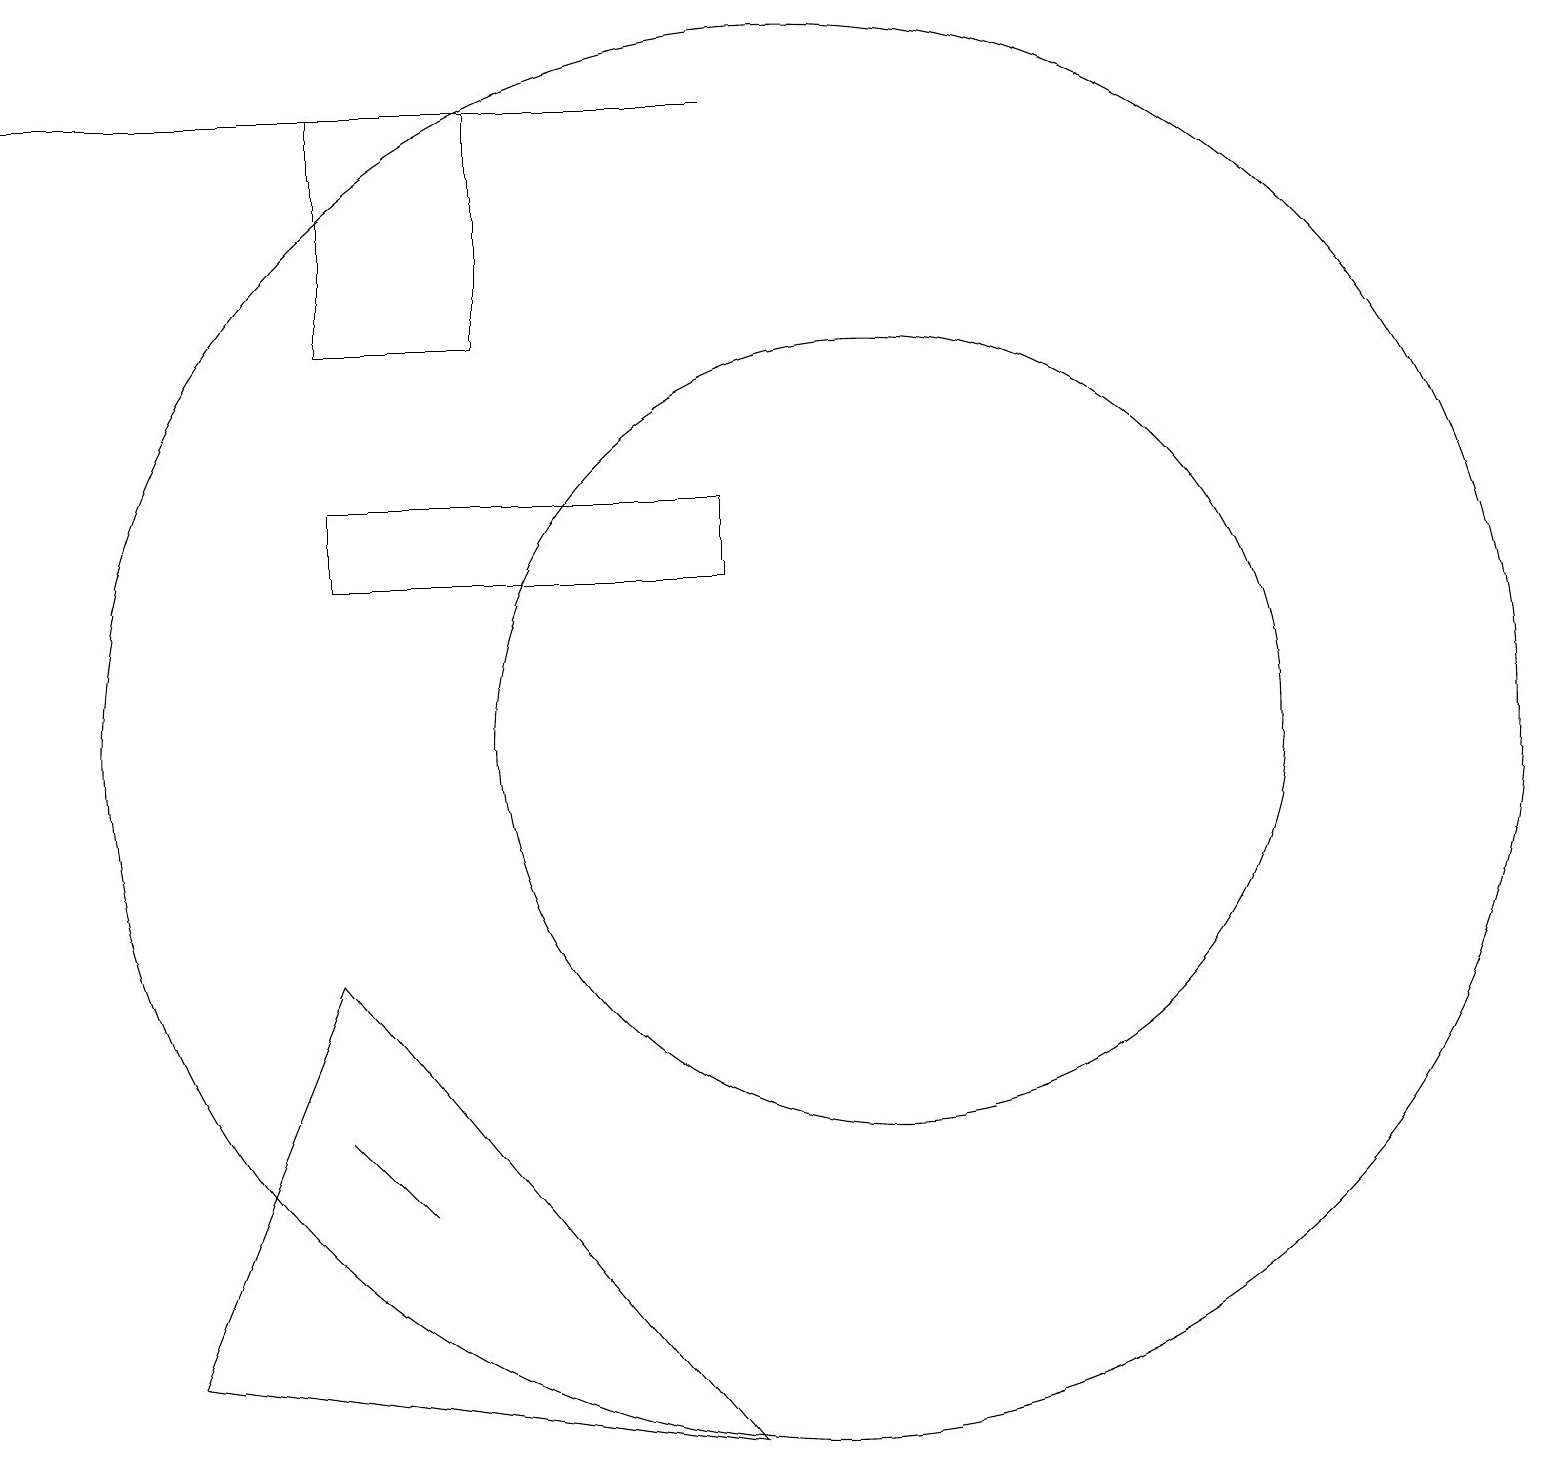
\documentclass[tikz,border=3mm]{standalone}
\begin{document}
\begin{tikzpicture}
\draw (10,11) circle (9);
\draw (11,11) circle (5);
\draw (4,19) rectangle (6,16);
\draw (9,19) rectangle (0,19);
\draw (4,14) rectangle (9,13);
\draw (4,6) -- (4,6) -- (5,5) -- cycle;
\draw (4,8) -- (2,3) -- (9,2) -- cycle;
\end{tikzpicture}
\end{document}